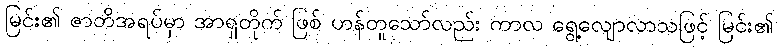
မြင်း၏ ဇာတိအရပ်မှာ အာရှတိုက် ဖြစ် ဟန်တူသော်လည်း ကာလ ရွေ့လျောလာသဖြင့် မြင်း၏